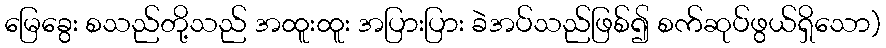
မြေခွေး စသည်တို့သည် အထူးထူး အပြားပြား ခဲအပ်သည်ဖြစ်၍ စက်ဆုပ်ဖွယ်ရှိသော)